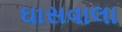
ઘાસવાલા